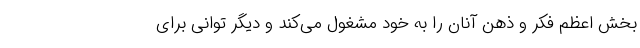
بخش اعظم فکر و ذهن آنان را به خود مشغول می‌کند و دیگر توانی برای